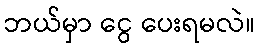
ဘယ်မှာ ငွေ ပေးရမလဲ။